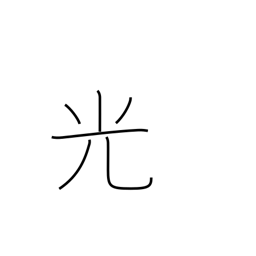
Meaning: light